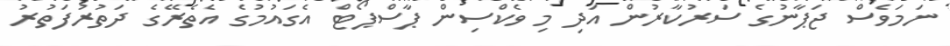
ނަމަވެސް ޖަޕާނުގެ ސަރުކާރުން އަދި މި ވެކްސިން ޕާސްޕޯޓް އެގައުމުގެ އެތެރޭގެ ދަތުރުފަތުރު